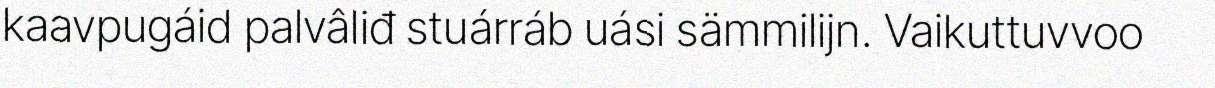
kaavpugáid palvâliđ stuárráb uási sämmilijn. Vaikuttuvvoo